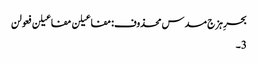
بحرِ ہزج مسدس محذوف:مفاعیلن مفاعیلن فعولن
3۔